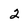
Character: 2